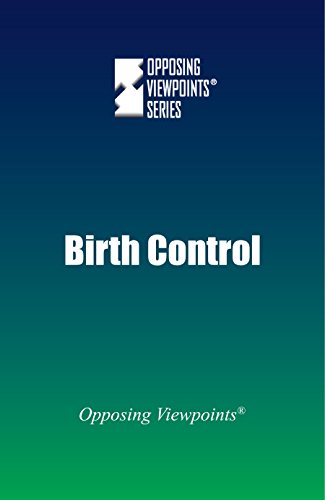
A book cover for Birth Control (Opposing Viewpoints); Greenhaven Press; Teen & Young Adult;